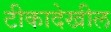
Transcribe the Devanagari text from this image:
टीकादेखील